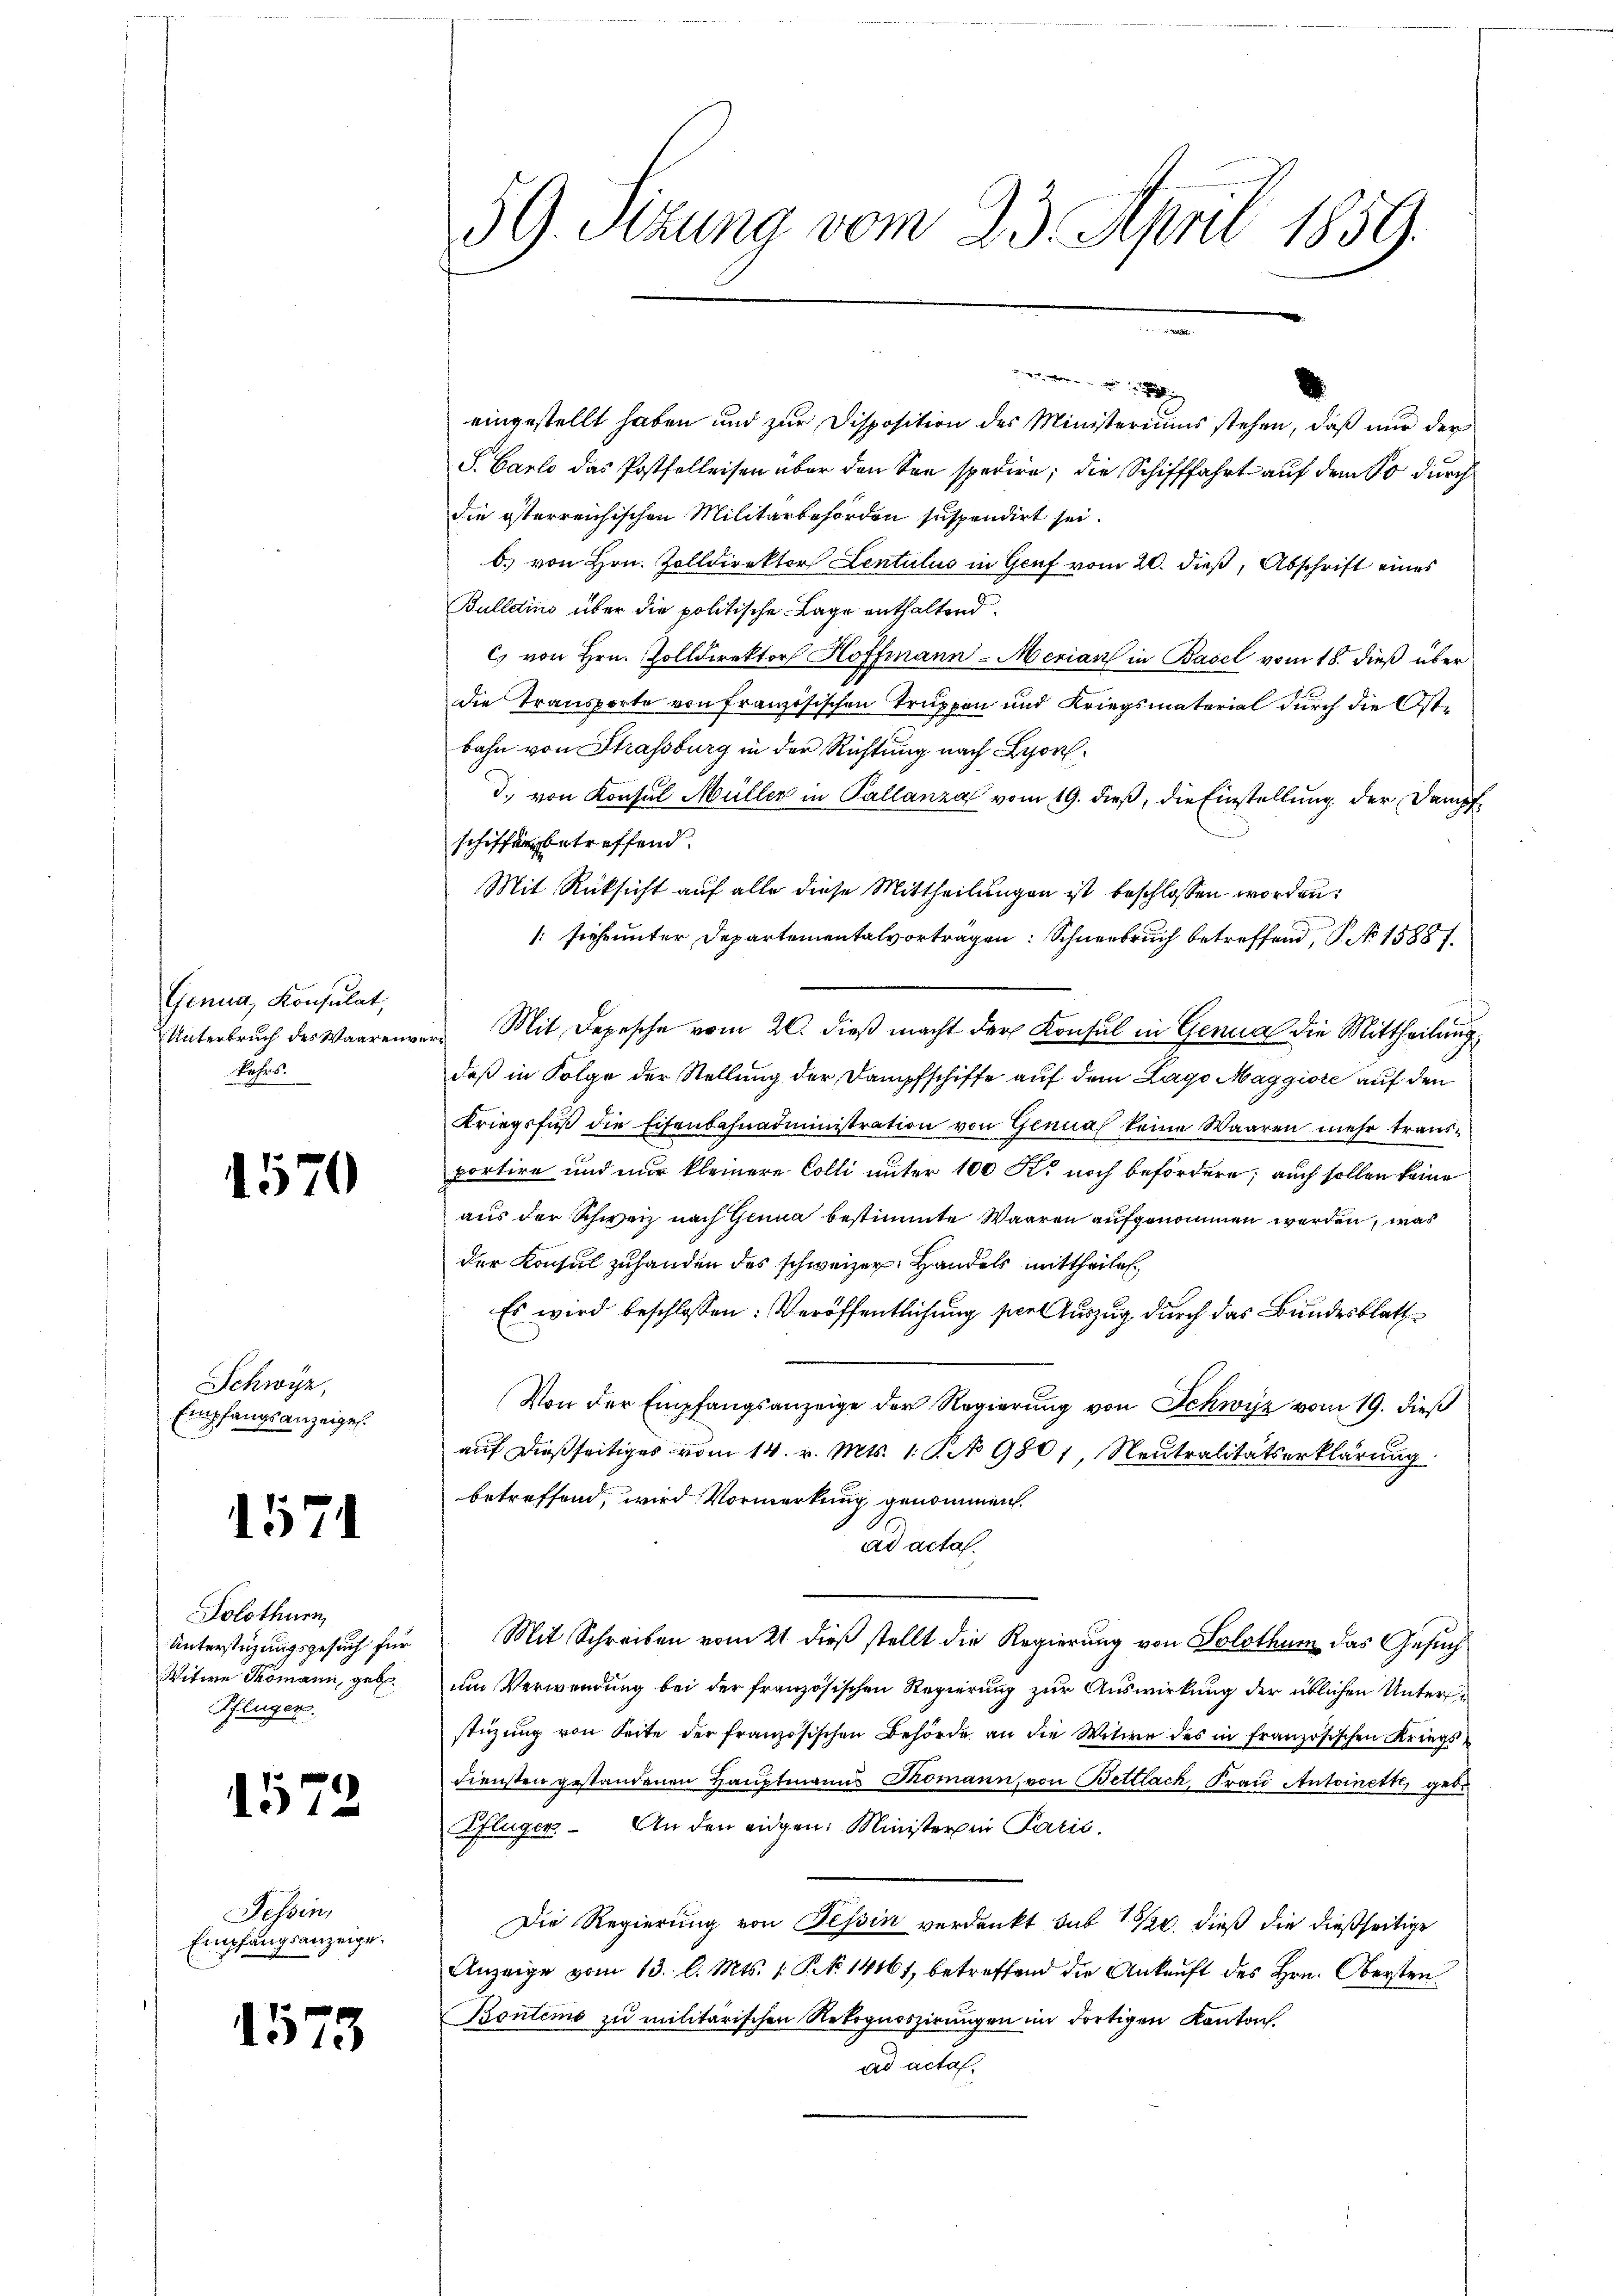
Genua, Konsulat,
Unterbruch des Waaren.
kehrs.

1570

Schwyz,
Empfangsanzeigen.

1571

Solothurn,
Unterstüzungsgesuch für
Witwe Thomann, geb.
Pflüger.

1572

Tessin,
Empfangsanzeige.

1573

59. Sizung vom 23. April 1859.

eingestellt haben und zur Disposition des Ministeriums stehen, daß nur der
S. Carlo das Postfelleisen über den See spedire, die Schifffahrt auf dem So durch
die österreichischen Militärbehörden suspendirt sei.
b. von Hrn. Zolldirektor Lentulis in Genf vom 20. dieß, Abschrift eines
Bulletins über die politische Lage enthaltend.
c) von Hrn. Zolldirektor Hoffmann-Merian in Basel vom 18. dieß überdie Transporte von Französischen Truppen und Kriegsmaterial durch die Ostbahn von Strassburg in der Richtung nach Lyon
d. von Konsul Müller in Pallanza vom 19. dieß, die Einstellung der Dampfschiffung betreffend.
Mit Rücksicht auf alle diese Mittheilungen ist beschlossen worden:
: siehe unter Departementalvortragen: Schneebruch betreffend, P. No 15887.
Mit Depesche vom 20. dieß macht der Konsul in Genua die Mittheilung
deß in Folge der Stellung der Dampfschiffe auf dem Lago Maggiore auf den
Kriegsfuß die Eisenbahnadministration von Genua keine Waaren mehr trausportire und nur kleinere Colli unter 100 R. noch befördere; auch sollen keine
aus der Schweiz nach Genua bestimmte Waaren aufgenommen werden, was
der Konsul zuhanden des schweizer, Handels mittheilen,
Es wird beschlossen: Veröffentlichung spiel Auszug durch das Bundesblatt
Von der Empfangsanzeige der Regierung von Schwyz vom 19. dieß
auf dießseitiges vom 14. v. Mts. 1. P. No 9801, Neutralitätserklärung
betreffend, wird Vormerkung genommen.
ad acta.
Mit Schreiben vom 21. dieß stellt die Regierung von Solothum das Gesuch
um Verwendung bei der französischen Regierung zur Auswirkung der üblichen Unterstüzung von Seite der französischen Behörde an die Witwe des in französischen Kriegsdiensten gestandenen Hauptmanns Thomann, von Bettlach, Frau Antoinett, geb.
Pflüger. An den eidgen. Ministeren Parić.
Die Regierung von Tessin verdankt sub 15/22. dieß die dießseitige
Anzeige vom 13. l. Mts. 1 S. 14161, betreffend die Ankauft des Hrn. Obersten
Kontems zu militärischen Rekognoszirungen im dortigen Kanton.
ad acta.